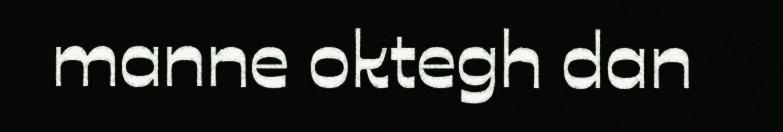
manne oktegh dan